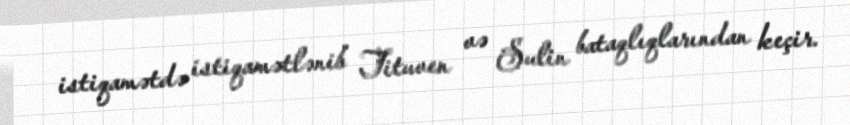
istiqamətdə istiqamətlənib Tituven və Sulin bataqlıqlarından keçir.